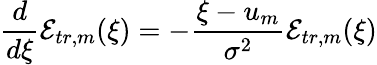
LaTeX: \frac{d}{d\xi}\mathcal{E}_{tr,m}(\xi)=-\frac{\xi-u_{m}}{\sigma^{2}}\mathcal{E}_{tr,m}(\xi)